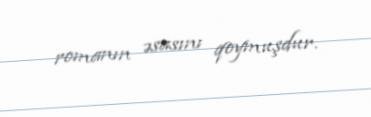
romanın əsasını qoymuşdur.